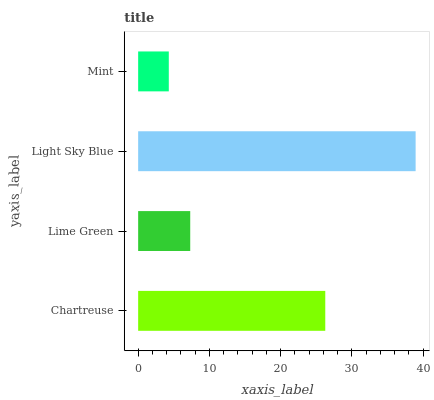
| yaxis_label | bars |
 | --- | --- |
 | Chartreuse | 26.3 |
 | Lime Green | 7.31 |
 | Light Sky Blue | 38.9 |
 | Mint | 4.3 |